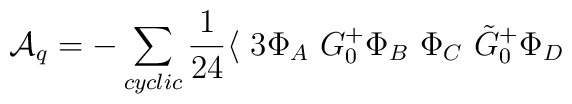
{\cal A}_q = -\sum_{cyclic}\frac{1}{24} \langle~3\Phi_A ~G_0^+ \Phi_B ~\Phi_C ~\tilde G_0^+ \Phi_D